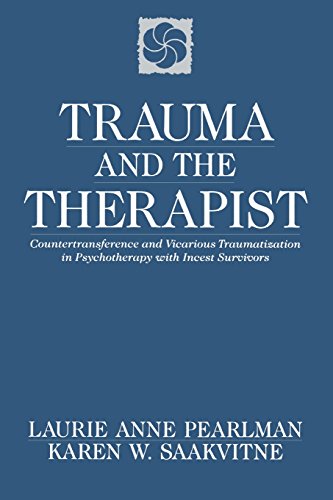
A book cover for Trauma and the Therapist: Countertransference and Vicarious Traumatization in Psychotherapy with Incest Survivors; Laurie Anne Pearlman; Politics & Social Sciences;